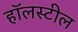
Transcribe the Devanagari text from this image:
हॉलस्टील